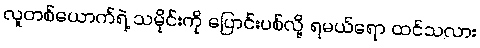
လူတစ်ယောက်ရဲ့ သမိုင်းကို ပြောင်းပစ်လို့ ရမယ်ရော ထင်သလား